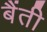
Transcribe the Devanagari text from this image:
बैंती